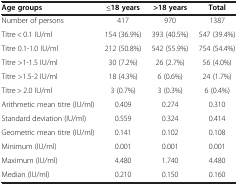
| Age groups | ≤18 years | >18 years | Total |
 | --- | --- | --- | --- |
 | Number of persons | 417 | 970 | 1387 |
 | Titre < 0.1 IU/ml | 154 (36.9%) | 393 (40.5%) | 547 (39.4%) |
 | Titre 0.1-1.0 IU/ml | 212 (50.8%) | 542 (55.9%) | 754 (54.4%) |
 | Titre >1-1.5 IU/ml | 30 (7.2%) | 26 (2.7%) | 56 (4.0%) |
 | Titre >1.5-2 IU/ml | 18 (4.3%) | 6 (0.6%) | 24 (1.7%) |
 | Titre > 2.0 IU/ml | 3 (0.7%) | 3 (0.3%) | 6 (0.4%) |
 | Arithmetic mean titre (IU/ml) | 0.409 | 0.274 | 0.310 |
 | Standard deviation (IU/ml) | 0.559 | 0.324 | 0.414 |
 | Geometric mean titre (IU/ml) | 0.141 | 0.102 | 0.108 |
 | Minimum (IU/ml) | 0.001 | 0.001 | 0.001 |
 | Maximum (IU/ml) | 4.480 | 1.740 | 4.480 |
 | Median (IU/ml) | 0.210 | 0.150 | 0.160 |